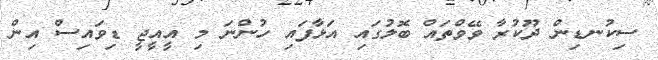
ސިކުނޑިން ދޫކުރާ ވޭވްތައް ބޮލުގައި އަޅާފައި ހުންނަ މި އީއީޖީ ޑިވައިސް އިން